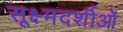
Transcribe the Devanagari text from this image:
सूक्ष्मदर्शीओं